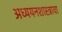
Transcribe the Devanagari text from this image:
अध्ययनशास्त्राचा